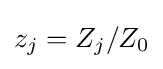
z_{j}=Z_{j}/Z_{0}